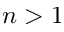
n > 1